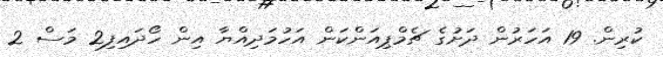
ކުރިން. 19 އަހަރުން ދަށުގެ ޗެމްޕިއަންކަން އަހުމަދިއްޔާ އިން ހޯދައިފި2 މަސް 2